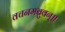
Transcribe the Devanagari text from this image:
वचनमब्रुवन्॥